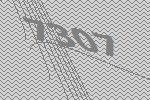
7307